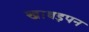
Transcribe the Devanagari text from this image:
खाबड़पन